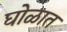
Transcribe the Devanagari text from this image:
घोळात